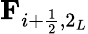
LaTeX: \textbf{F}_{i+\frac{1}{2},2_{L}}